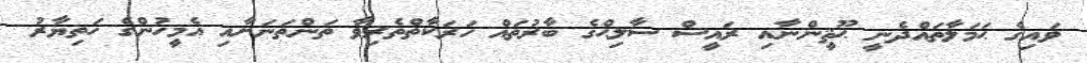
ވައިގެ ޙަމަލާތައްދެނީ ޙޫޘީންނާއި ރައީސް ސާލިޙްގެ ބާރުތައް ހަރަކާތްތެރިވާ ތަންތަނަށާއި އެމީހުންގެ ހަތިޔާރު